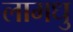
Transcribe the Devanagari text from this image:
लामधु